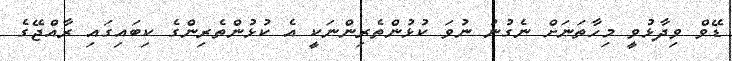
ޑޭވް ވިދާޅުވީ މިހާތަނަށް ނެގުނު ނުވަ ކުޅުންތެރިންނަކީ އެ ކުޅުންތެރިންގެ ކިބައިގައި ރާއްޖޭގެ